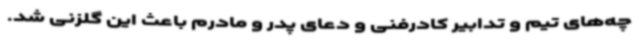
چه‌های تیم و تدابیر کادرفنی و دعای پدر و مادرم باعث این گلزنی شد.